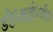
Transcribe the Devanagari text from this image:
डी०आई०जी०